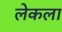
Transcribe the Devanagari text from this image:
लेकला